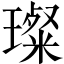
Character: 璨